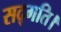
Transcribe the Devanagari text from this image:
सद्गति।